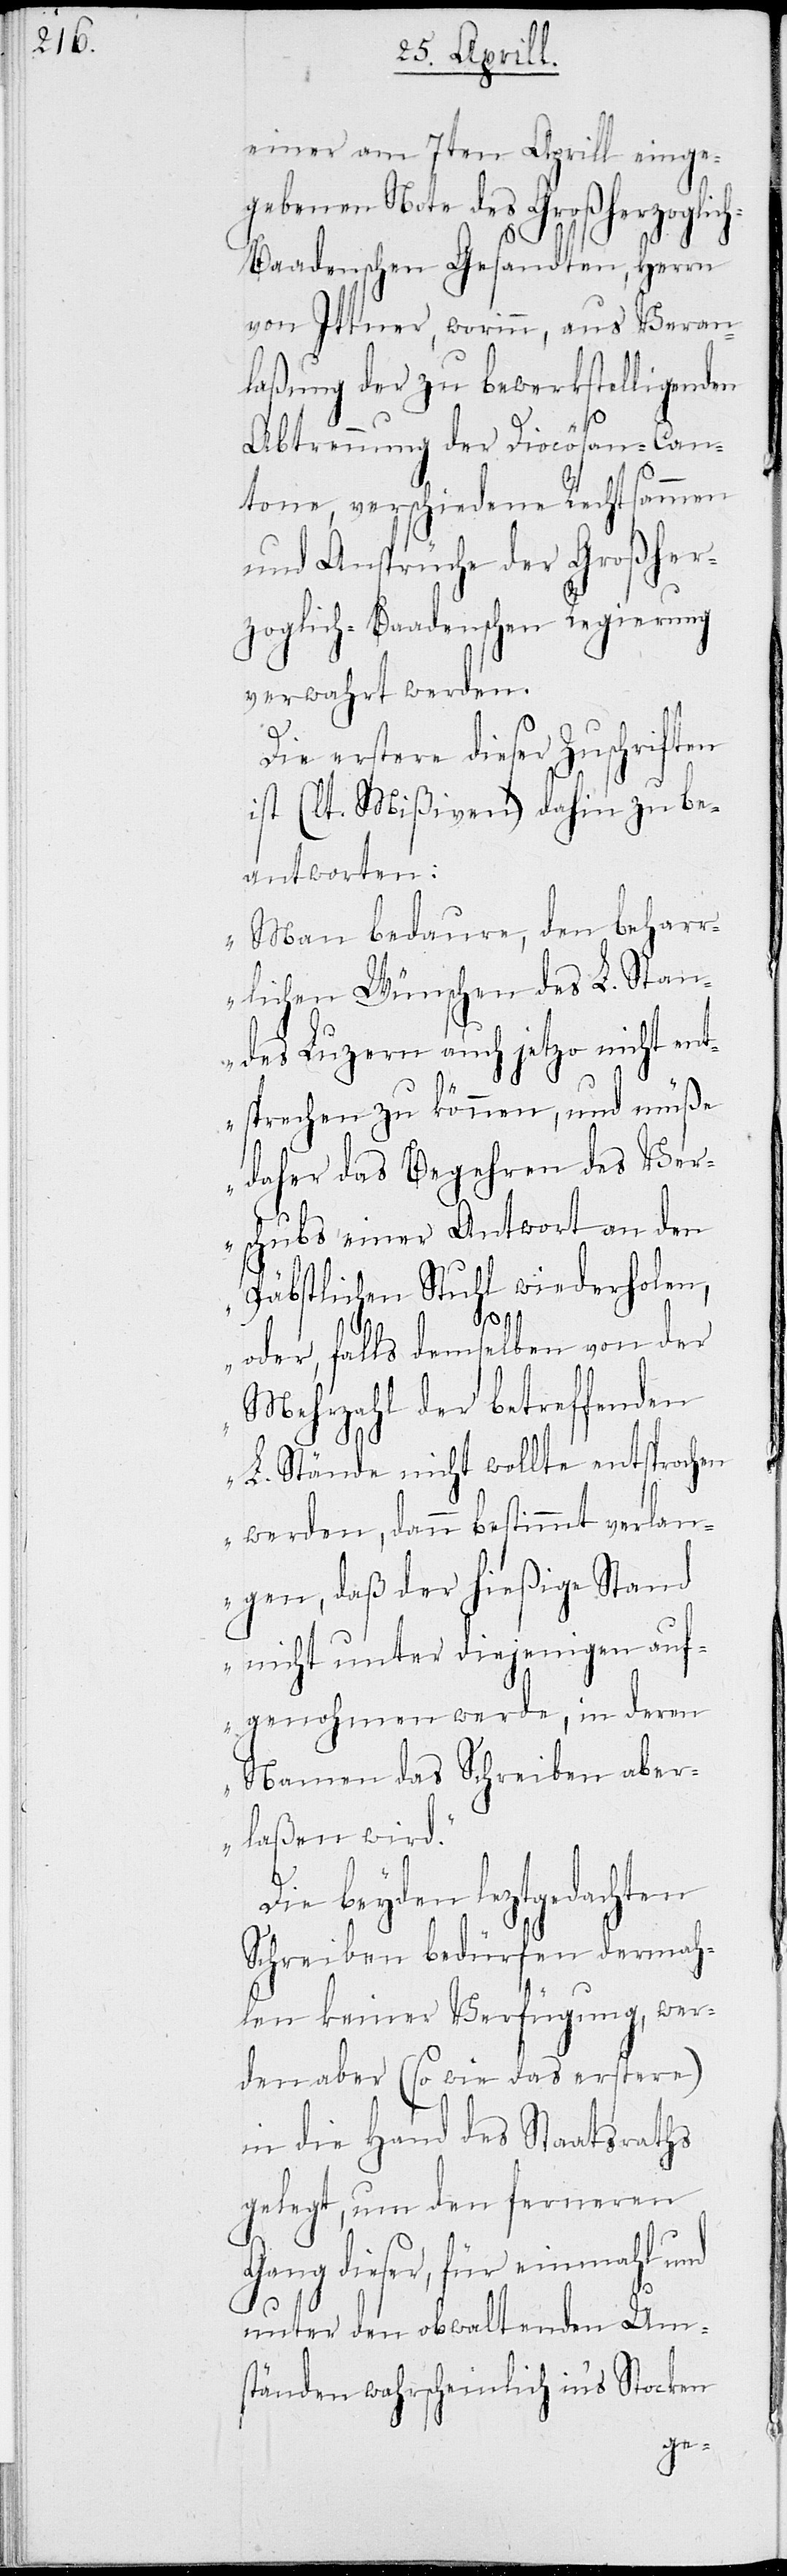
einer am 17ten Aprill einge¬
gebenen Note des Großherzoglic¬
h-Baadenschen Gesandten, Herrn
von Ittner, worinn, aus Veran¬
laßung der zu bewerkstelligenden
Abtrennung der Diocösan-Can¬
tone, verschiedene Rechtsammen
und Ansprüche der Großher¬
zoglich-Baadenschen Regierung
verwahrt werden.
Die erstere dieser Zuschriften
ist (lt. Mißiven) dahin zu be¬
antworten:
„Man bedaure, den behar¬
rlichen Wünschen des L. Stan¬
des Luzern auch jetzo nicht ent¬
sprechen zu können, und müße
daher das Begehren des Ver¬
schubs einer Antwort an den
Päbstlichen Stuhl wiederholen,
oder, falls demselben von der
Mehrzahl der betreffenden
L. Stände nicht wollte entsprochen
werden, dann bestimmt verlan¬
gen, daß der hießige Stand
nicht unter diejenigen auf¬
genohmen werde, in deren
Namen das Schreiben aber¬
laßen wird.“
Die beyden leztgedachten
Schreiben bedürfen dermah¬
len keiner Verfügung, wer¬
den aber (so wie das erstere)
in die Hand des Staatsraths
gelegt, um den ferneren
Gang dieser, für einmahl
unter den obwaltenden Um¬
ständen wahrscheinlich in’s Stocken